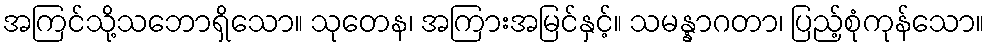
အကြင်သို့သဘောရှိသော။ သုတေန၊ အကြားအမြင်နှင့်။ သမန္နာဂတာ၊ ပြည့်စုံကုန်သော။